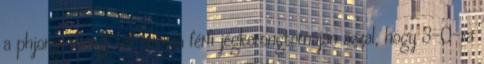
a phjongcshangi téli olimpia férfi jégkorongtornáján azzal, hogy 3-0-ra